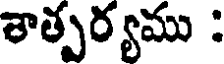
శాత్పర్యము :